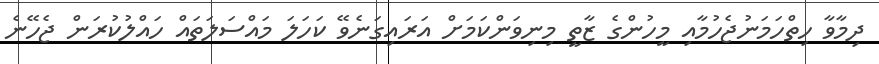
ދިމާވާ ހިތްހަމަނުޖެހުމާއި މީހުންގެ ޒާތީ މިނިވަންކަމަށް އަރައިގަނެވޭ ކަހަލަ މައްސަލަތައް ހައްލުކުރަން ޖެހޭނެ